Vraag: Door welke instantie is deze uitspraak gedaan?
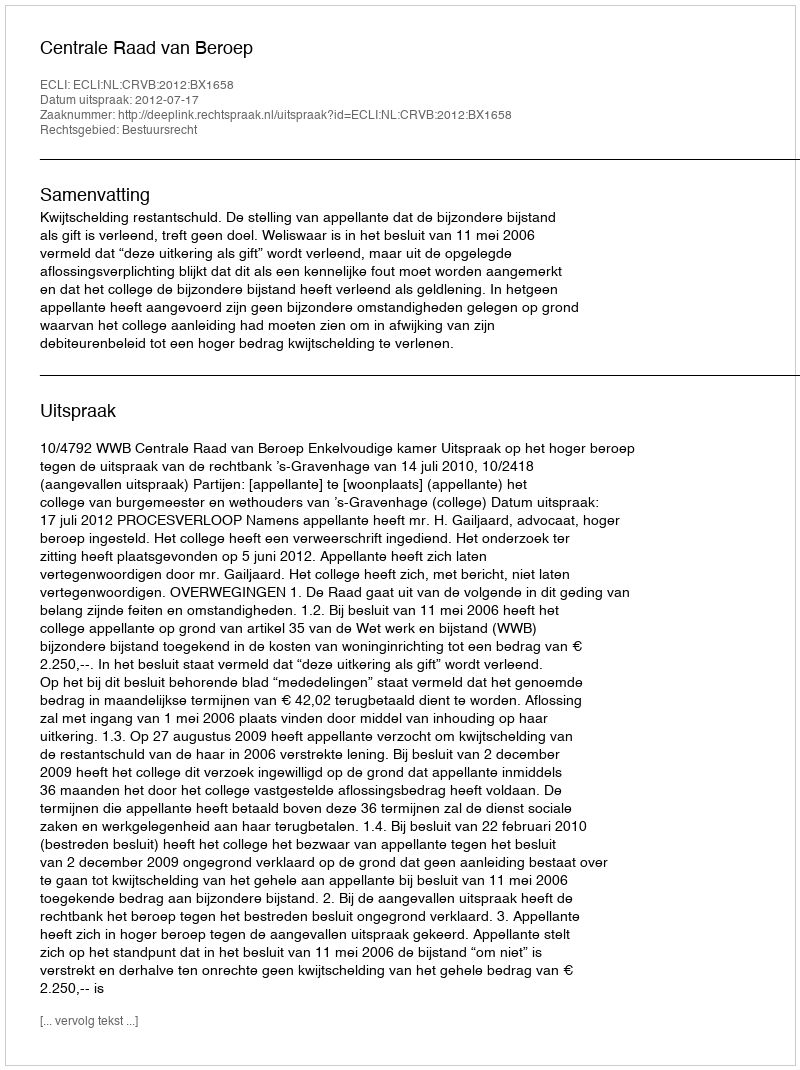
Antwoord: Centrale Raad van Beroep